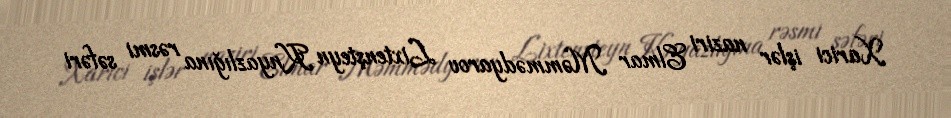
Xarici işlər naziri Elmar Məmmədyarov Lixtenşteyn Knyazlığına rəsmi səfəri